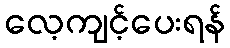
လေ့ကျင့်ပေးရန်